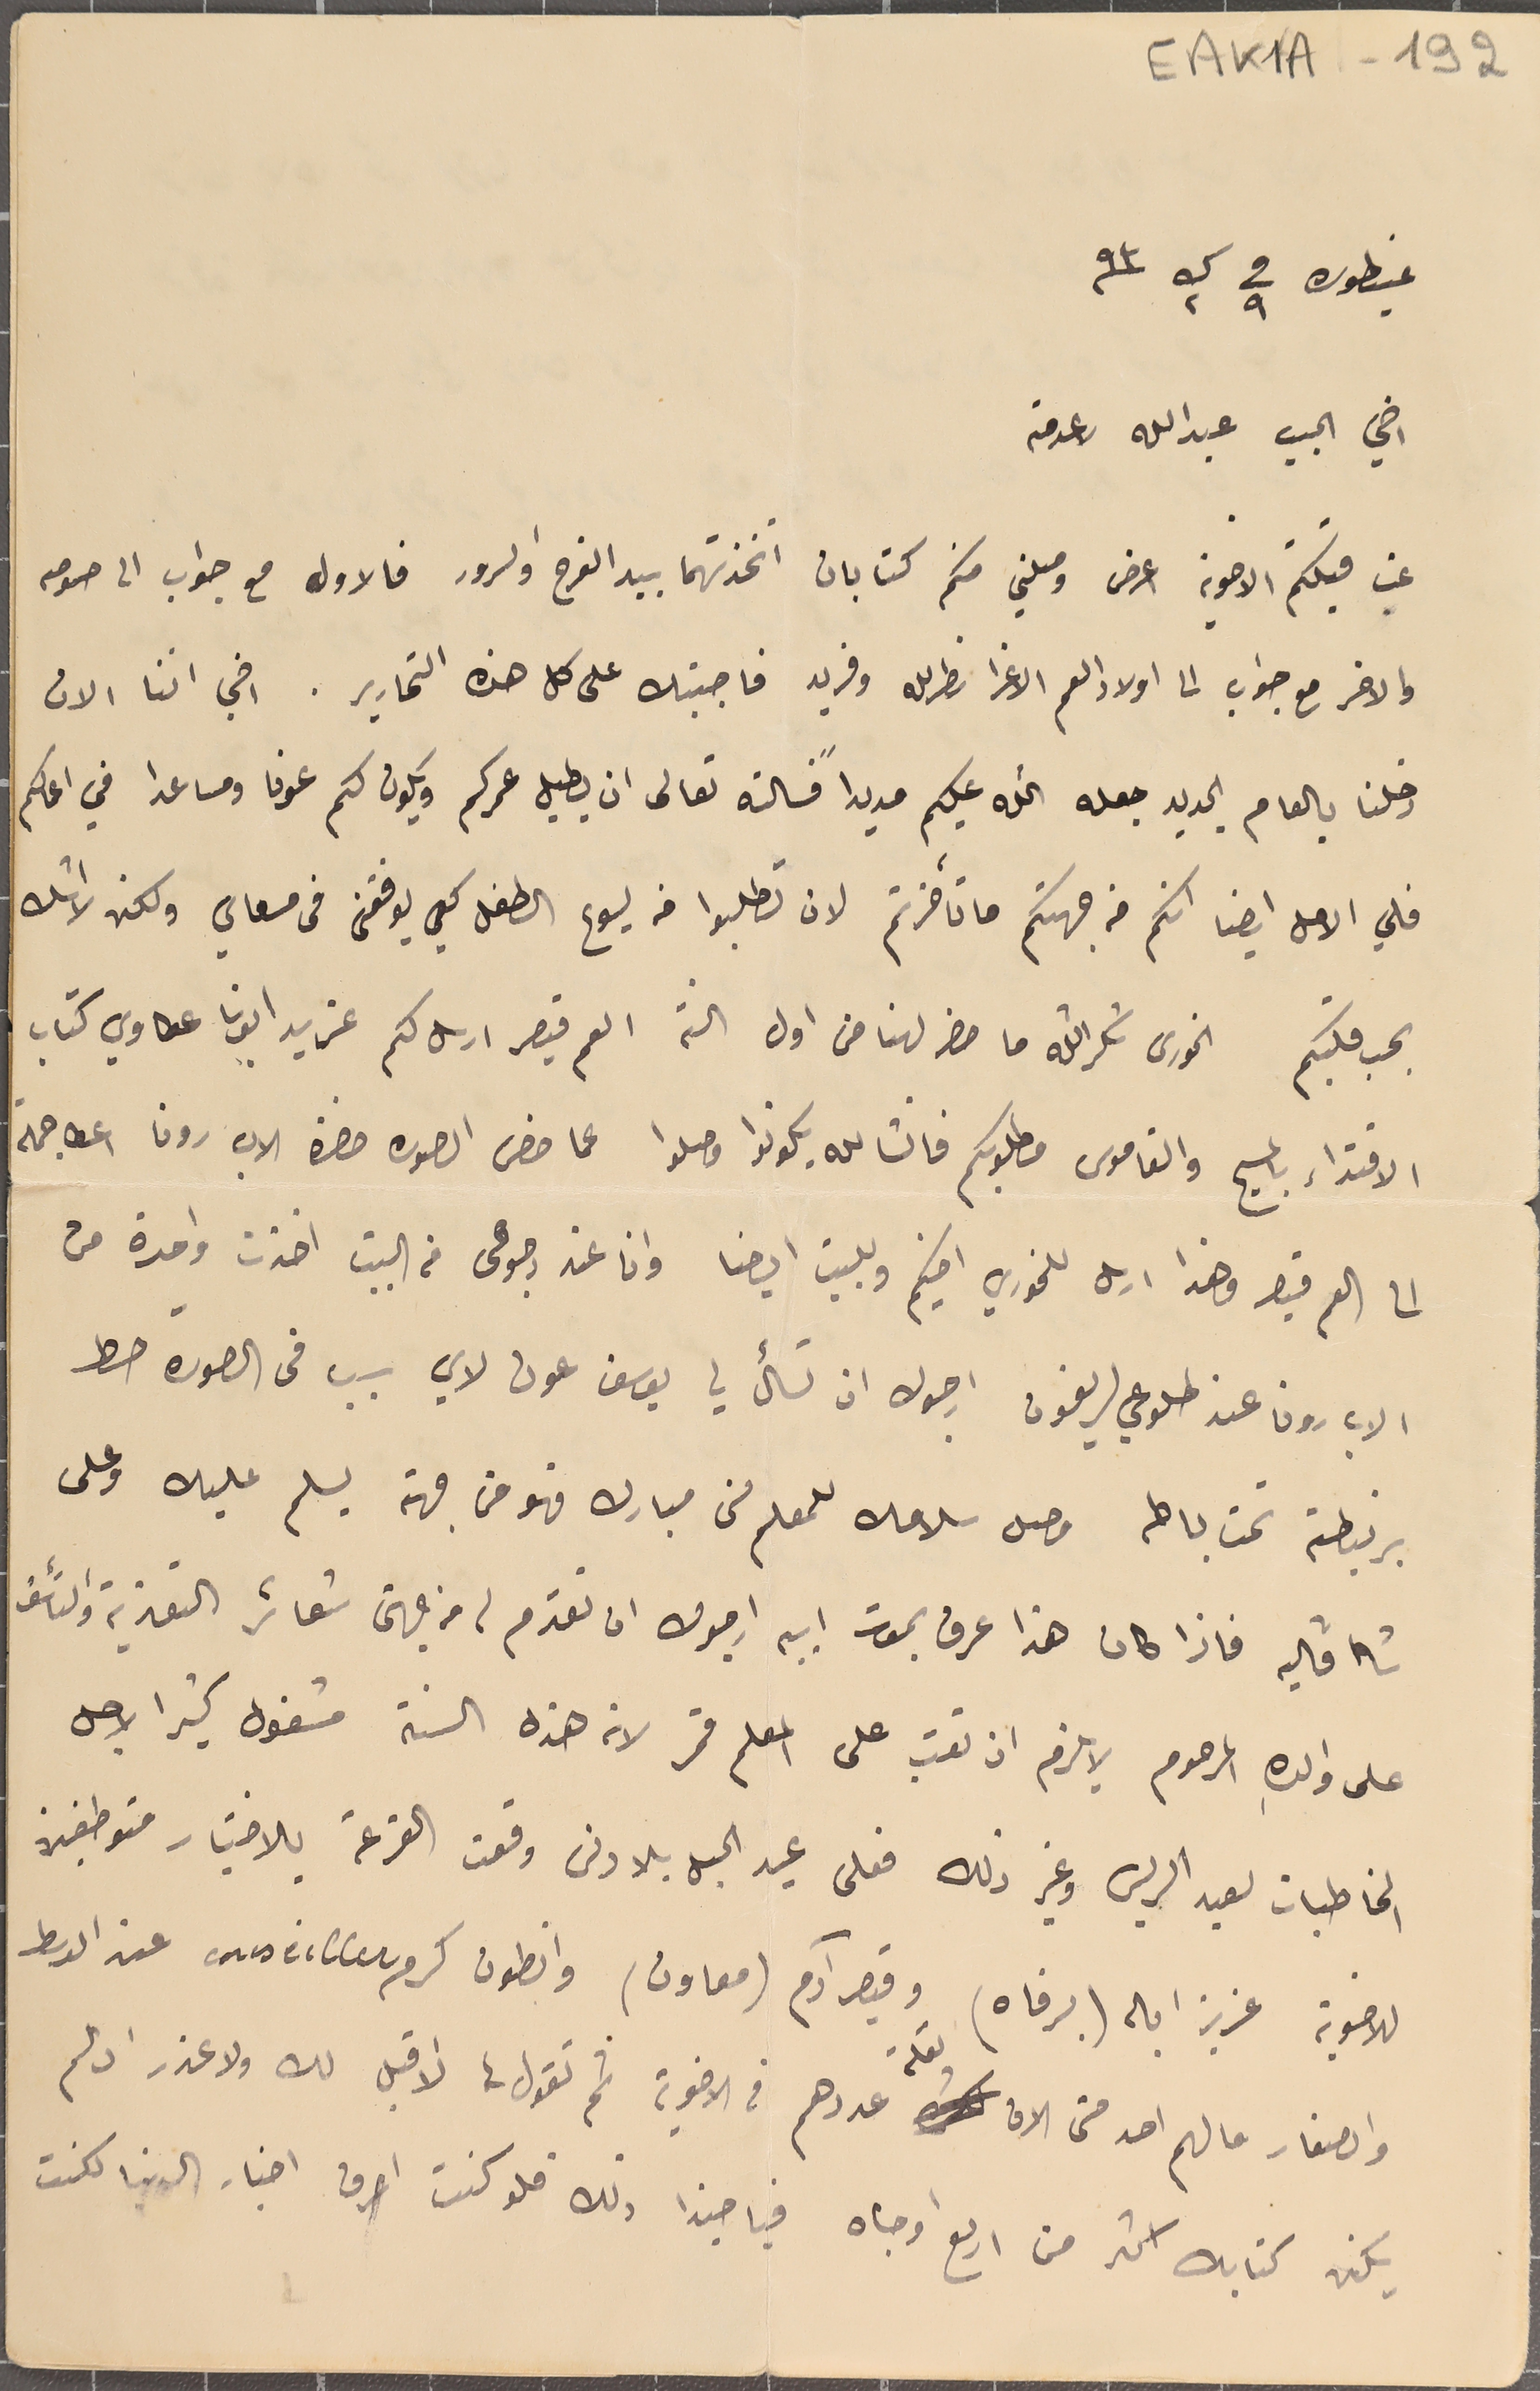
EAK1A - 192
   عينطوره فى ٩ ك٢ / ٩٣
 اخي الجبيب عبدالله لا عدمته
غب قبلتكم الاخوية اعرض وصلني منكم كتابان اتخذتهما بيد الفرح والسرور فالاول مع جواب الى صومه
والاخر مع جواب الى اولاد العم الاعزا نصرالله وفريد فاجبتك على كل هذه التحارير. اخي اننا الان
دخلنا بالعام الجديد جعله الله عليكم مديداً فسالته تعالى ان يطيل عمركم ويكون لكم عونا ومساعدا في اعمالكم
فلي الامل ايضا انكم من جهتكم ما تأخرتم لان تطلبوا من يسوع الطفل كي يوفقنى فى مسعاي ولكن لا اشك
بحب قلبكم الخورى شكرالله ما حضر لهنا من اول السنة العم قيصر ارسل لكم عن يد ابونا عكاوي كتاب
 الاقتداء بالمسيح والقاموس مطلوبكم فانشالله يكونوا وصلوا عما خص الصوره حضرة الاب رون اعطا جملة
 الى العم قيصر وهذا ارسل للخوري اخيكم وللبيت ايضا وانا عند رجوعى من البيت اخذت واحدة من
 الاب رون عن طلوعي لريفون ارجوك ان تسأل يوسف عون لاي سبب فى الصوره حط
برنيطته تحت باطه وصل سلامك للمعلم من مبارك فهو من جهته يسلم عليك وعلى
شاڤاليه فاذا كان هذا عرف بموت ابيه ارجوك ان تقدم له من جهتى شعائر التعزية والتأسف
على والده المرحوم لا يلزم ان تعتب على المعلم قمر لانه هذه السنة مشغول كثيرا لاجل
المخاطبات لعيد الريس وغير ذلك فعلى عيد الحبل بلا دنس وقعت القرعة بالاختيار متوطفين
للاخوية عزيز ابان (برفاه) وقيصر آدم (معاون) وانطون كرم conseiller عند الوسط
والصغار ما لهم احد حتى الان لقلة عددهم في الاخوية ثم تقول لا اقبل لك ولا عذر اذ لم
يكن كتابك اكثر من اربع اوجاه فيا حبذا ذلك فلو كنت اعرف اخبار الدنيا لكنت